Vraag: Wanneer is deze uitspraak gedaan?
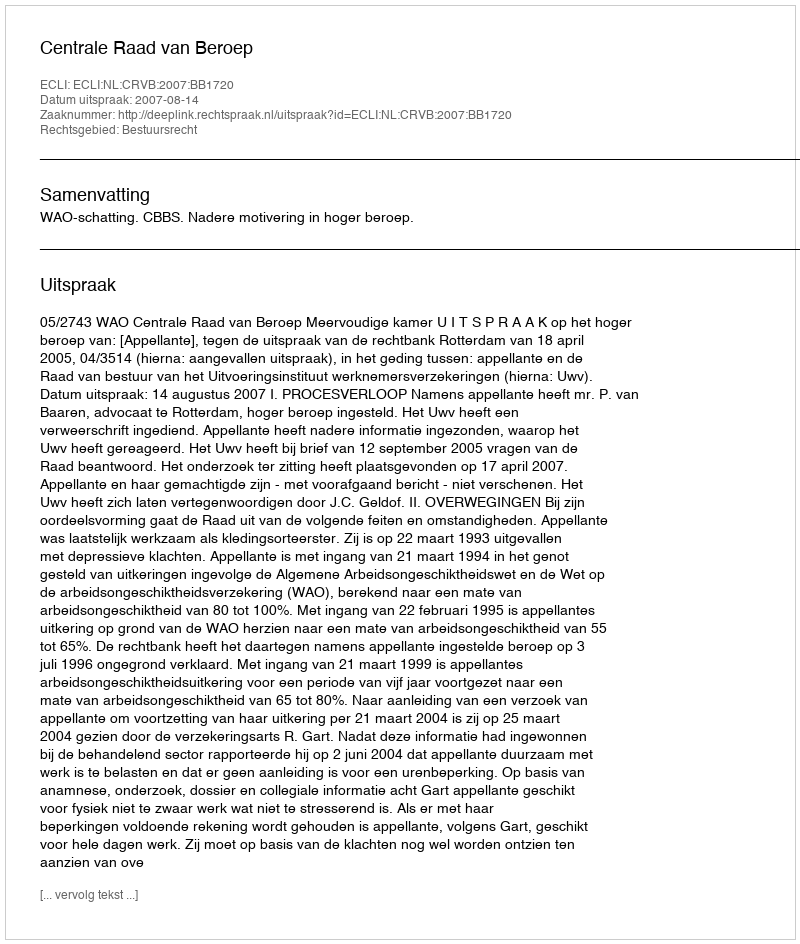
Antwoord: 2007-08-14